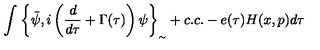
\int _ { } ^ { } { \left\{ \bar { \psi } , i \left( \frac { d } { d \tau } + \Gamma ( \tau ) \right) \psi \right\} _ { _ { \sim } } + c . c . - e ( \tau ) H ( x , p ) d \tau }